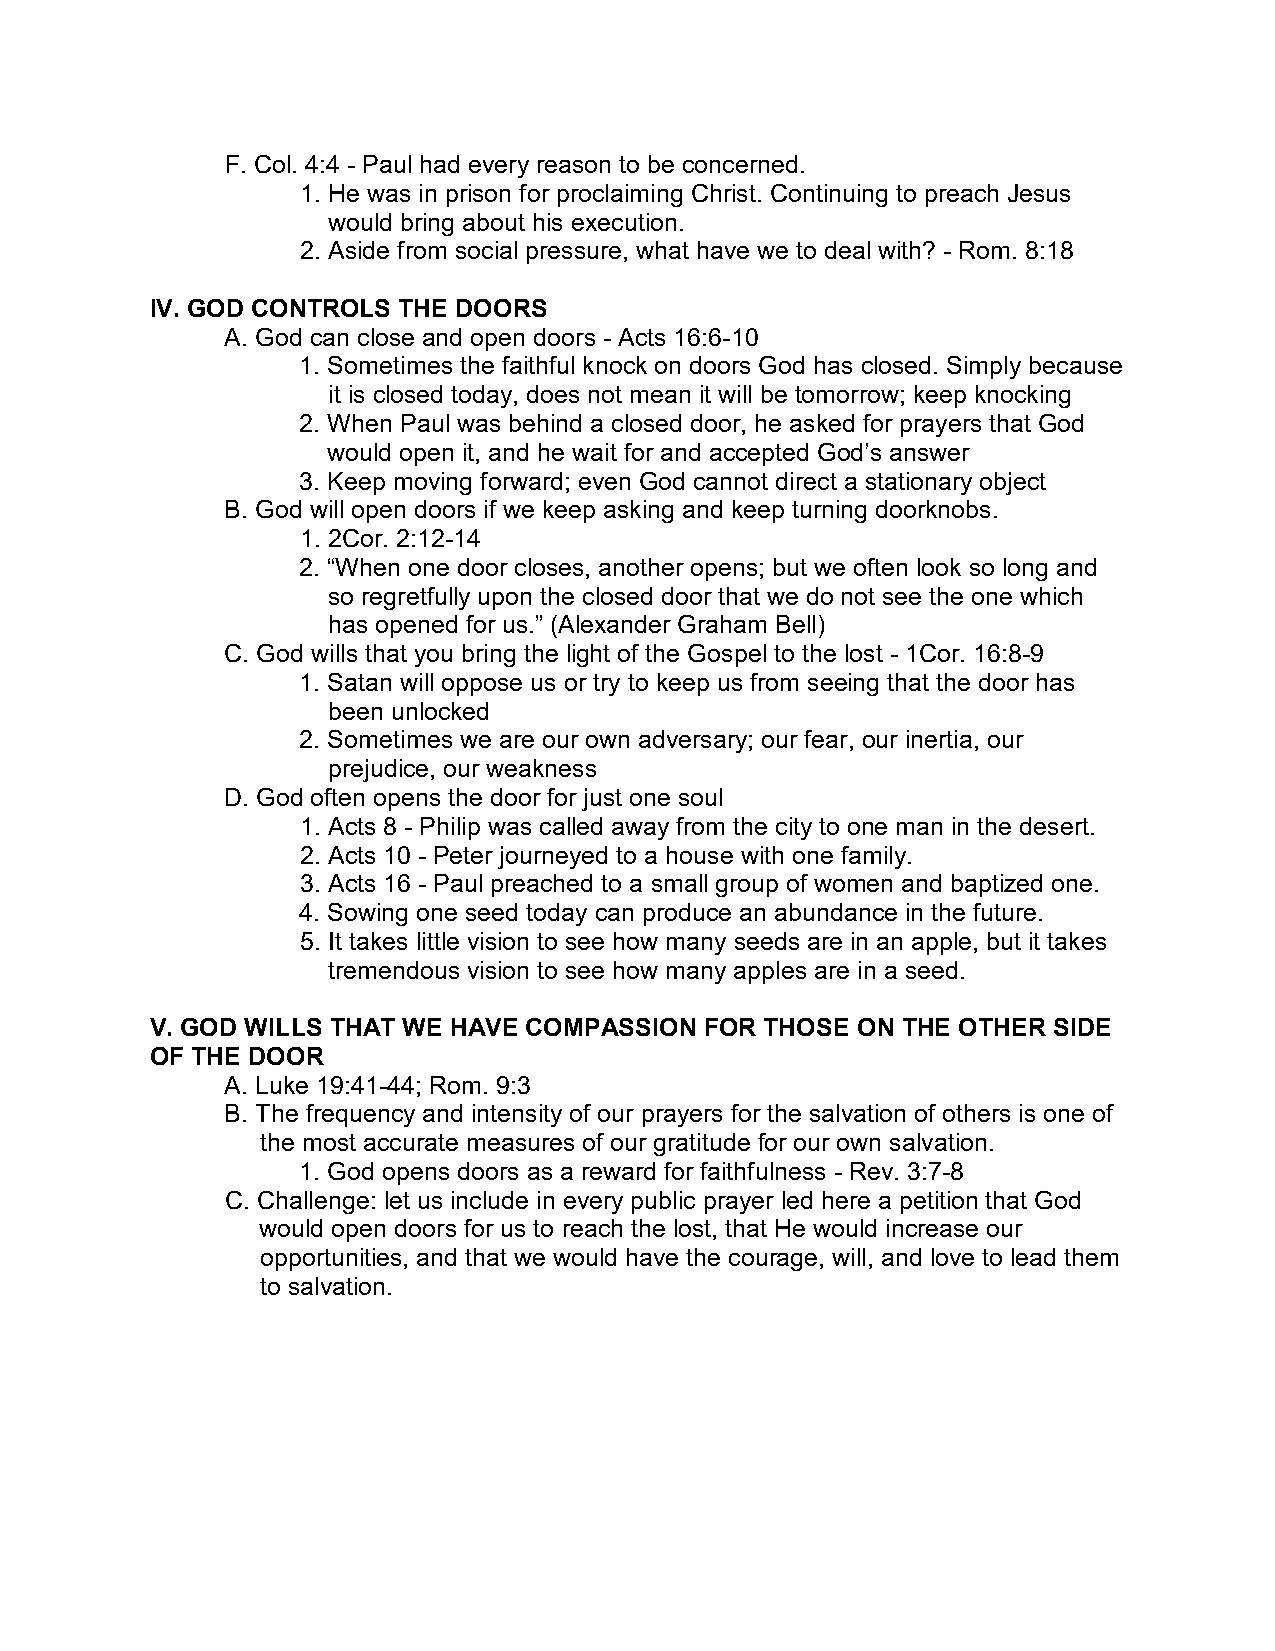
F. Col. 4:4 - Paul had every reason to be concerned.
 1. He was in prison for proclaiming Christ. Continuing to preach Jesus
 would bring about his execution.
 2. Aside from social pressure, what have we to deal with? - Rom. 8:18
 IV. GOD CONTROLS THE DOORS
 A. God can close and open doors - Acts 16:6-10
 1. Sometimes the faithful knock on doors God has closed. Simply because
 it is closed today, does not mean it will be tomorrow; keep knocking
 2. When Paul was behind a closed door, he asked for prayers that God
 would open it, and he wait for and accepted God’s answer
 3. Keep moving forward; even God cannot direct a stationary object
 B. God will open doors if we keep asking and keep turning doorknobs.
 1. 2Cor. 2:12-14
 2. “When one door closes, another opens; but we often look so long and
 so regretfully upon the closed door that we do not see the one which
 has opened for us.” (Alexander Graham Bell)
 C. God wills that you bring the light of the Gospel to the lost - 1Cor. 16:8-9
 1. Satan will oppose us or try to keep us from seeing that the door has
 been unlocked
 2. Sometimes we are our own adversary; our fear, our inertia, our
 prejudice, our weakness
 D. God often opens the door for just one soul
 1. Acts 8 - Philip was called away from the city to one man in the desert.
 2. Acts 10 - Peter journeyed to a house with one family.
 3. Acts 16 - Paul preached to a small group of women and baptized one.
 4. Sowing one seed today can produce an abundance in the future.
 5. It takes little vision to see how many seeds are in an apple, but it takes
 tremendous vision to see how many apples are in a seed.
 V. GOD WILLS THAT WE HAVE COMPASSION FOR THOSE ON THE OTHER SIDE
 OF THE DOOR
 A. Luke 19:41-44; Rom. 9:3
 B. The frequency and intensity of our prayers for the salvation of others is one of
 the most accurate measures of our gratitude for our own salvation.
 1. God opens doors as a reward for faithfulness - Rev. 3:7-8
 C. Challenge: let us include in every public prayer led here a petition that God
 would open doors for us to reach the lost, that He would increase our
 opportunities, and that we would have the courage, will, and love to lead them
 to salvation.